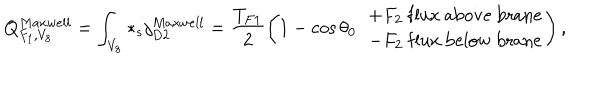
LaTeX: Q _ { F _ { 1 } , V _ { 8 } } ^ { M a x w e l l } = \int _ { V _ { 8 } } * _ { s } j _ { D 2 } ^ { M a x w e l l } = \frac { T _ { F 1 } } { 2 } \left( 1 - \cos \theta _ { 0 } \ \ { + F _ { 2 } \ { \mathrm { f l u x \ a b o v e \ b r a n e } } \atop { - F _ { 2 } \ \mathrm { f l u x \ b e l o w \ b r a n e } } } \right) ,